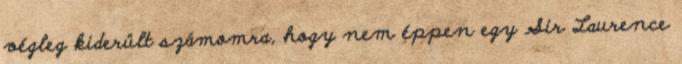
végleg kiderült számomra, hogy nem éppen egy Sir Laurence